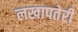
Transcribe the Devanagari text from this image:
लखापतेरी